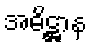
အဓိဋ္ဌာန